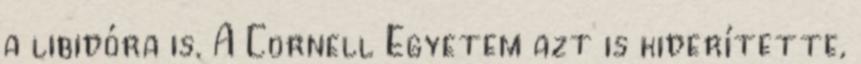
a libidóra is. A Cornell Egyetem azt is kiderítette,